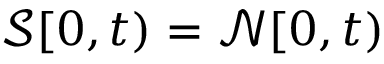
\mathcal { S } [ 0 , t ) = \mathcal { N } [ 0 , t )